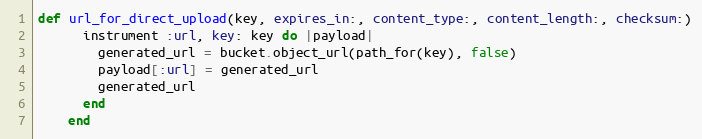
Language: Ruby
def url_for_direct_upload(key, expires_in:, content_type:, content_length:, checksum:)
      instrument :url, key: key do |payload|
        generated_url = bucket.object_url(path_for(key), false)
        payload[:url] = generated_url
        generated_url
      end
    end